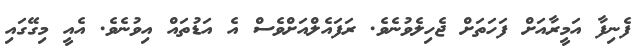
ފެނިފާ އަމީރާއަށް ފަހަތަށް ޖެހިލެވުނެވެ. ރަފައެލްއަށްވެސް އެ އަޑުތައް އިވުނެވެ. އެއީ މިގޭގައި